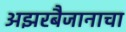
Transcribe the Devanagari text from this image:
अझरबैजानाचा